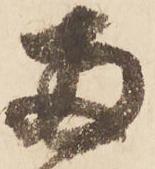
両